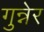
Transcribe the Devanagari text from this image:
गुन्नेर